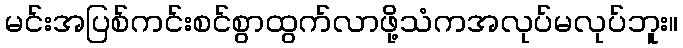
မင်းအပြစ်ကင်းစင်စွာထွက်လာဖို့သံကအလုပ်မလုပ်ဘူး။